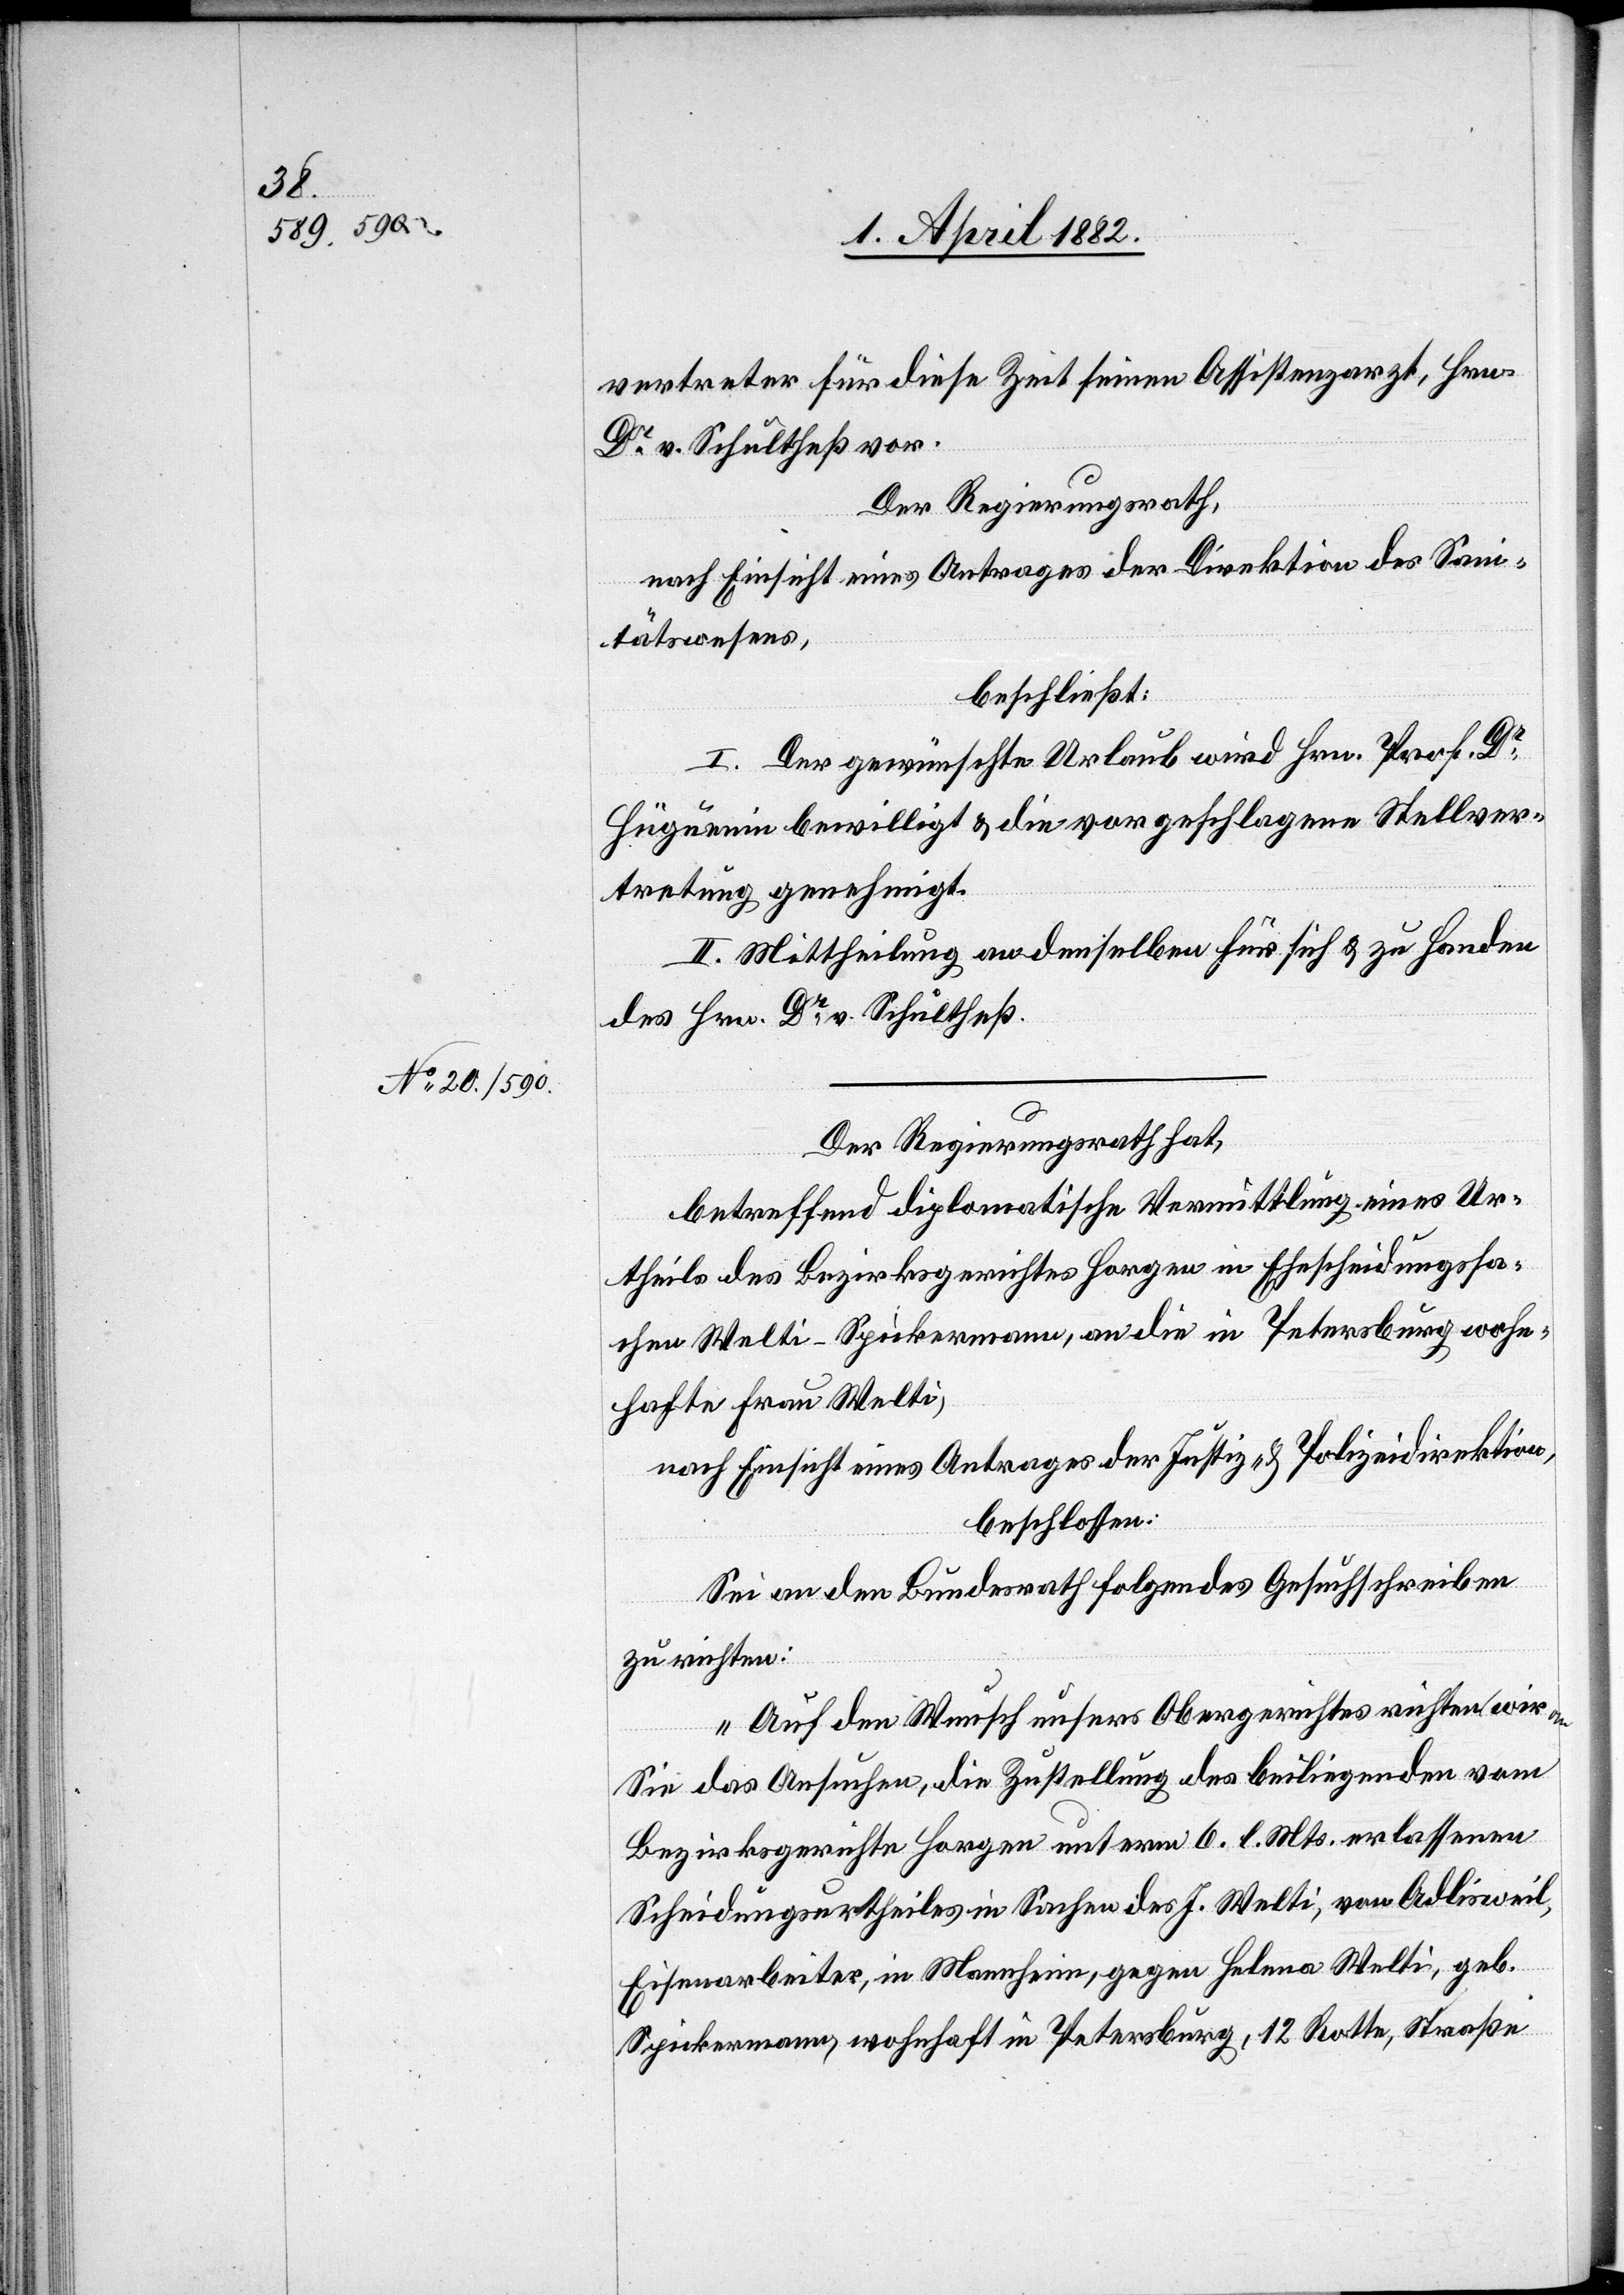
vertreter für diese Zeit seinen Assistenzarzt, Hrn.
Dr v. Schultheß vor.
Der Regierungsrath,
nach Einsicht eines Antrages der Direktion des Sani¬
tätswesens,
beschließt:
I. Der gewünschte Urlaub wird Hrn. Prof. Dr
Hüguenin bewilligt & die vorgeschlagene Stellver¬
tretung genehmigt.
II. Mittheilung an denselben für sich & zu Handen
des Hrn. Dr v. Schultheß.
Der Regierungsrath hat,
betreffend diplomatische Vermittlung eines Ur¬
theils des Bezirksgerichtes Horgen in Ehescheidungssa¬
chen Welti-Spickermann, an die in Petersburg wohn¬
hafte Frau Welti,
nach Einsicht eines Antrages der Justiz- & Polizeidirektion,
beschlossen:
Sei an den Bundesrath folgendes Gesuchschreiben
zu richten:
„Auf den Wunsch unsers Obergerichtes richten wir
Sie das Ansuchen, die Zustellung des beiliegenden vom
Bezirksgerichte Horgen unterm 6. l. Mts. erlassenen
Scheidungsurtheiles in Sachen des J. Welti, von Adlisweil,
Eisenarbeiter, in Mannheim, gegen Helena Welti, geb.
Spickermann, wohnhaft in Petersburg, 12 Rotte, Straße